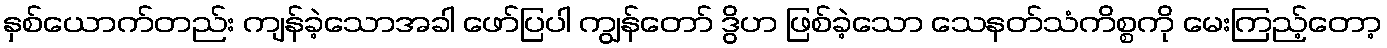
နှစ်ယောက်တည်း ကျန်ခဲ့သောအခါ ဖော်ပြပါ ကျွန်တော် ဒွိဟ ဖြစ်ခဲ့သော သေနတ်သံကိစ္စကို မေးကြည့်တော့